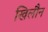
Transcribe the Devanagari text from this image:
खिलौन